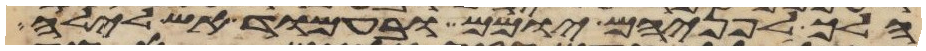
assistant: הלך לפניהם יומם ובעמוד אש לילה